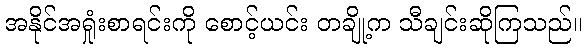
အနိုင်အရှုံးစာရင်းကို စောင့်ယင်း တချို့က သီချင်းဆိုကြသည်။